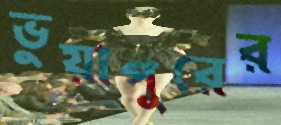
ভুয়াপুরের